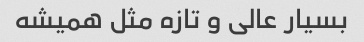
بسیار عالی و تازه مثل همیشه